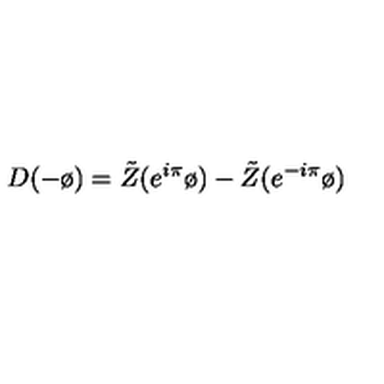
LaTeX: D ( - \o ) = \tilde { Z } ( e ^ { i \pi } \o ) - \tilde { Z } ( e ^ { - i \pi } \o )